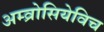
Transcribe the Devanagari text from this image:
अम्व्रोसियेविच